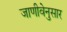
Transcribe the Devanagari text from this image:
जाणीवेनुसार